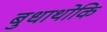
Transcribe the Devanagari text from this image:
बुधाथोकि